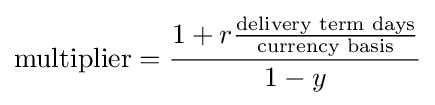
{\text{multiplier}}={\frac {1+r{\frac {\text{delivery term days}}{\text{currency basis}}}}{1-y}}